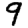
Digit: 9